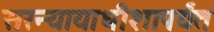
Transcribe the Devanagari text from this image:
सरन्यायाधीशापर्यंत